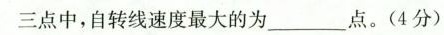
三点中，自转线速度最大的为___点。(4分)